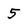
Character: 5